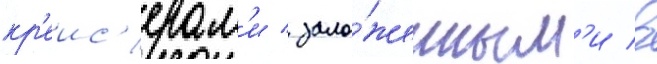
кр'еис'ерам'и / зало́женным'и в